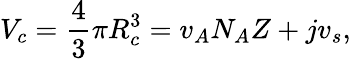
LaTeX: V_{c}=\frac{4}{3}\pi R_{c}^{3}=v_{A}N_{A}Z+jv_{s},